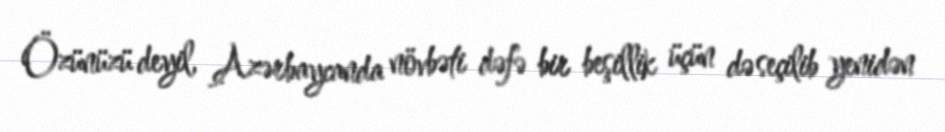
Özünüzü deyil, Azərbaycanda növbəti dəfə bir beşillik üçün də seçilib yenidən